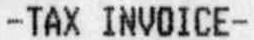
-TAX INVOICE-